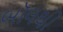
બૉલથી